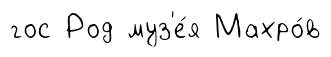
гос Род муз'е́я Махро́в